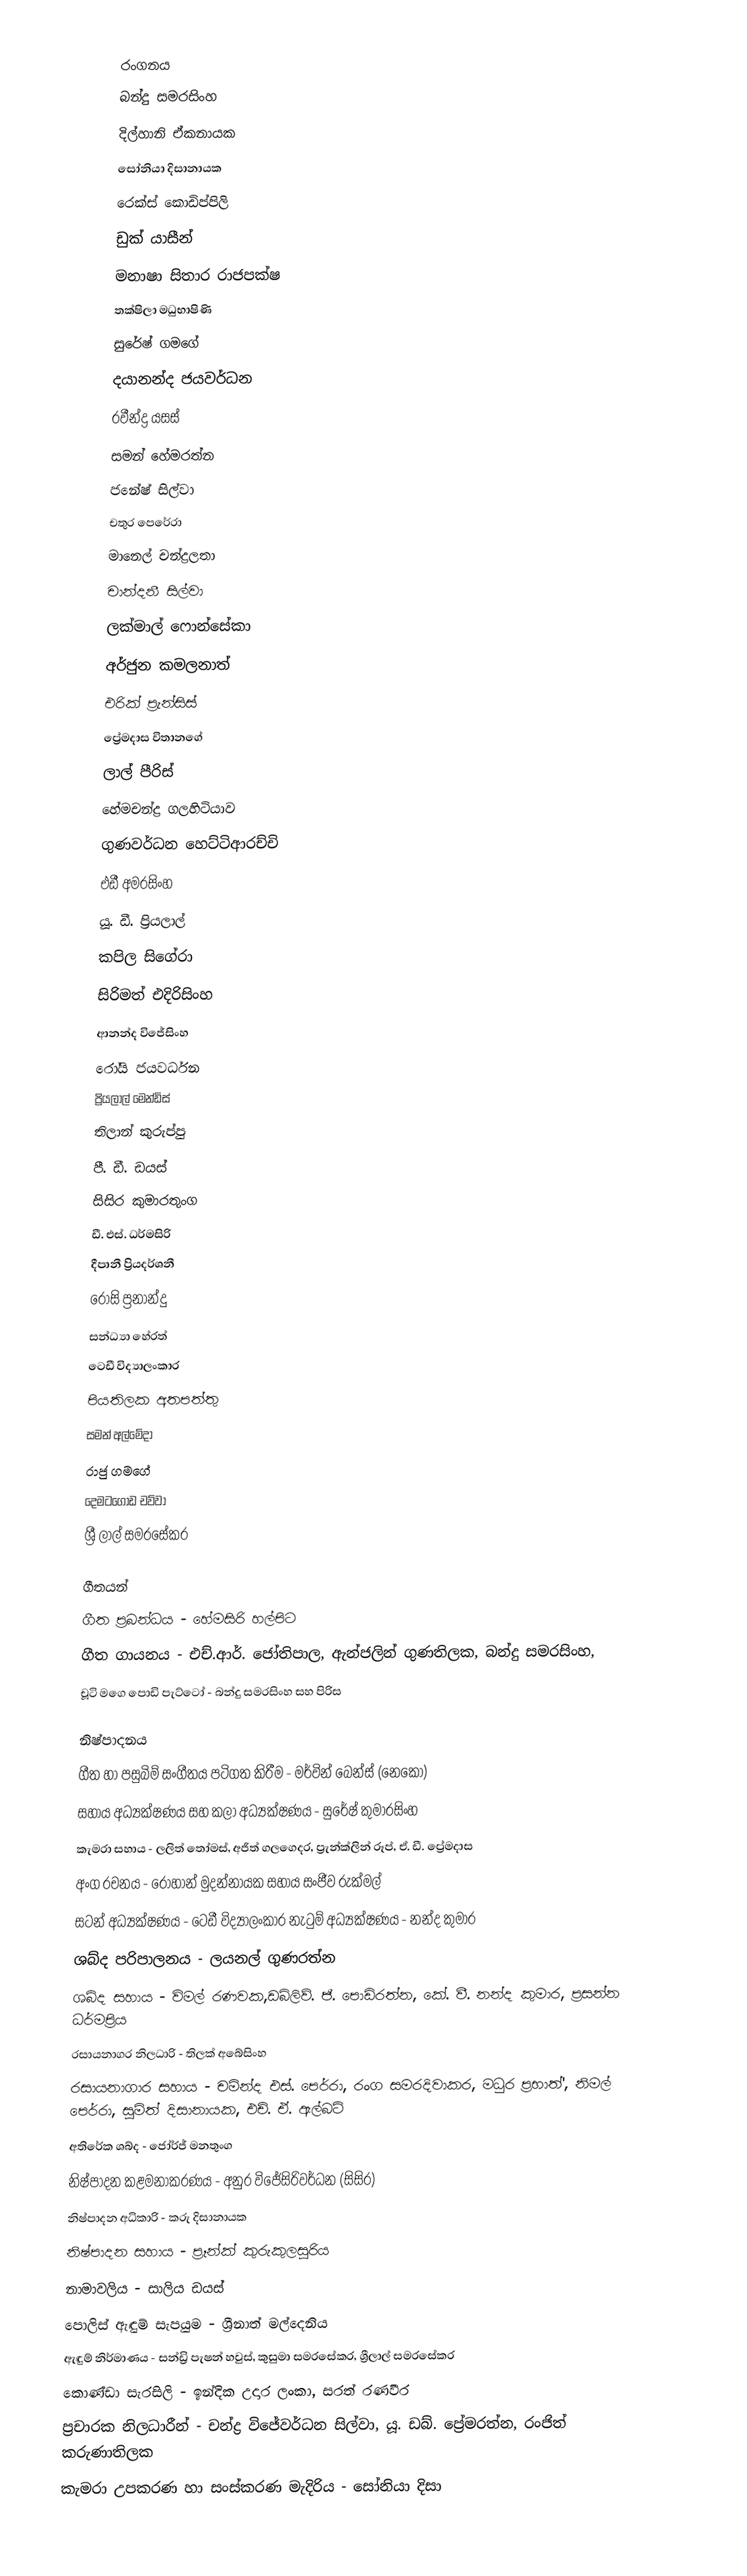

රංගනය
බන්දු සමරසිංහ
දිල්හානි ඒකනායක
සෝනියා දිසානායක
රෙක්ස් කොඩිප්පිලි
ඩුක් යාසීන්
මනාෂා සිතාර රාජපක්ෂ
තක්ෂිලා මධුභාෂිණි
සුරේෂ් ගමගේ
දයානන්ද ජයවර්ධන
රවීන්ද්‍ර යසස්
සමන් හේමරත්න
ජනේෂ් සිල්වා
චතුර පෙරේරා
මානෙල් චන්ද්‍රලතා
චාන්දනී සිල්වා
ලක්මාල් ෆොන්සේකා
අර්ජුන කමලනාත්
එරික් ප්‍රැන්සිස්
ප්‍රේමදාස විතානගේ
ලාල් පීරිස්
හේමචන්ද්‍ර ගලහිටියාව
ගුණවර්ධන හෙට්ටිආරච්චි
එඩී අමරසිංහ
යූ. ඩී. ප්‍රියලාල්
කපිල සිගේරා
සිරිමත් එදිරිසිංහ
ආනන්ද විජේසිංහ
රෝයි ජයවර්ධන
ප්‍රියලාල් මෙන්ඩිස්
තිලාන් කුරුප්පු
පී. ඩී. ඩයස්
සිසිර කුමාරතුංග
ඩී. එස්. ධර්මසිරි
දීපානී ප්‍රියදර්ශනී
රෝසි ප්‍රනාන්දු
සන්ධ්‍යා හේරත්
ටෙඩී විද්‍යාලංකාර
පියතිලක අතපත්තු
සමන් අල්මේදා
රාජු ගමගේ
දෙමටගොඩ චව්වා
ශ්‍රී ලාල් සමරසේකර

ගීතයන්
ගීත ප්‍රබන්ධය - හේමසිරි හල්පිට
ගීත ගායනය - එච්.ආර්. ජෝතිපාල, ඇන්ජලින් ගුණතිලක, බන්දු සමරසිංහ,
චූටි මගෙ පොඩි පැට්ටෝ - බන්දු සමරසිංහ සහ පිරිස

නිෂ්පාදනය
ගීත හා පසුබිම් සංගීතය පටිගත කිරීම - මර්වින් බෙන්ස් (නෙකෝ)
සහාය අධ්‍යක්ෂණය සහ කලා අධ්‍යක්ෂණය - සුරේෂ් කුමාරසිංහ
කැමරා සහාය - ලලිත් තෝමස්, අජිත් ගලගෙදර, ප්‍රැන්ක්ලින් රූප්, ඒ. ඩී. ප්‍රේමදාස
අංග රචනය - රොහාන් මුදන්නායක සහාය සංජීව රුක්මල්
සටන් අධ්‍යක්ෂණය - ටෙඩී විද්‍යාලංකාර නැටුම් අධ්‍යක්ෂණය - නන්ද කුමාර
ශබ්ද පරිපාලනය - ලයනල් ගුණරත්න
ශබ්ද සහාය - විමල් රණවක,ඩබ්ලිව්. ජී. පොඩිරත්න, කේ. වී. නන්ද කුමාර, ප්‍රසන්න ධර්මප්‍රිය
රසායනාගර නිලධාරි - තිලක් අබේසිංහ
රසායනාගාර සහාය - චමින්ද එස්. පෙර්රා, රංග සමරදිවාකර, මධුර ප්‍රභාත්', නිමල් පෙර්රා, සුමිත් දිසානායක, එච්. ඒ. ඇල්බට්
අතිරේක ශබ්ද - ජෝර්ජ් මනතුංග
නිෂ්පාදන කළමනාකරණය - අනුර විජේසිරිවර්ධන (සිසිර)
නිෂ්පාදන අධිකාරි - කරු දිසානායක
නිෂ්පාදන සහාය - ප්‍රෑන්ක් කුරුකුලසූරිය
නාමාවලිය - සාලිය ඩයස්
පොලිස් ඇඳුම් සැපයුම - ශ්‍රීනාත් මල්දෙනිය
ඇඳුම් නිර්මාණය - සන්ඩ්‍රි පැෂන් හවුස්, කුසුමා සමරසේකර, ශ්‍රීලාල් සමරසේකර
කොණ්ඩා සැරසිලි - ඉන්දික උදාර ලංකා, සරත් රණවීර
ප්‍රචාරක නිලධාරීන් - චන්ද්‍ර විජේවර්ධන සිල්වා, යූ. ඩබ්. ප්‍රේමරත්න, රංජිත් කරුණාතිලක
කැමරා උපකරණ හා සංස්කරණ මැදිරිය - සෝනියා දිසා